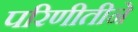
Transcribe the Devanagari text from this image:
परिणीतीने